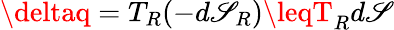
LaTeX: \deltaq=T_{R}(-d\mathscr{S}_{R})\leqT_{R}d\mathscr{S}